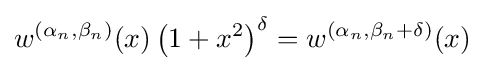
w^{\left(\alpha _{n},\beta _{n}\right)}(x)\left(1+x^{2}\right)^{\delta }=w^{\left(\alpha _{n},\beta _{n}+\delta \right)}(x)